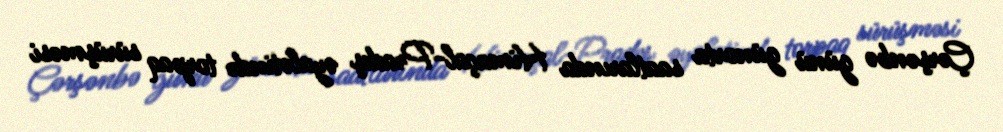
Çərşənbə günü günorta saatlarında Himaçal-Pradeş əyalətində torpaq sürüşməsi